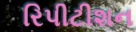
રિપીટીશન